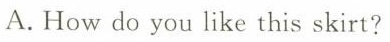
A.How do you like this skirt?